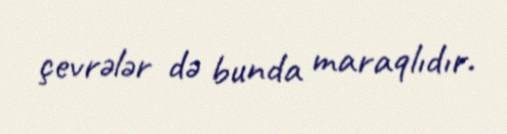
çevrələr də bunda maraqlıdır.